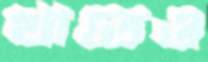
খাতেও